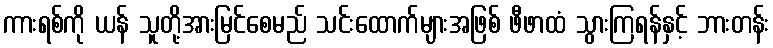
ကားရစ်ကို ယန် သူတို့အားမြင်စေမည် သင်းထောက်များအဖြစ် ဖီဖာထံ သွားကြရန်နှင့် ဘားတန်း